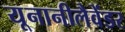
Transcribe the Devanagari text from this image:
यूनानीलैवेंडर